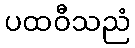
ပထဝီသညံ